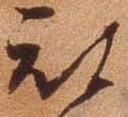
被